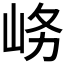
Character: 𱛚